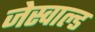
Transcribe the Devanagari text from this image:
जेस्वाल्ड